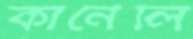
কার্নেলি